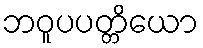
ဘဝူပပတ္တိယော